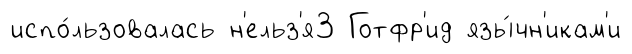
испо́льзовалась н'ельз'я3 Готфр'ид язы́чн'икам'и